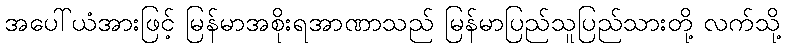
အပေါ်ယံအားဖြင့် မြန်မာအစိုးရအာဏာသည် မြန်မာပြည်သူပြည်သားတို့ လက်သို့